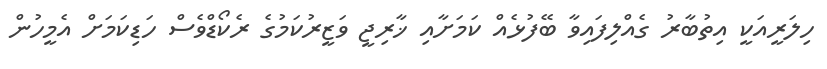
ހިލަރީއަކީ އިތުބާރު ގެއްލިފައިވާ ބޭފުޅެއް ކަމަށާއި ޚާރިޖީ ވަޒީރުކަމުގެ ރެކޯޑްވެސް ހަޑިކަމަށް އެމީހުން